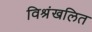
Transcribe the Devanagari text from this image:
विश्रंखलित